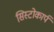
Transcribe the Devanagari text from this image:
सिस्टोकार्प